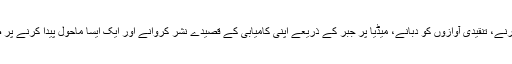
دیکھا جاسکتا ہے کہ حکومت کا سارا زور مخالف سیاسی قوتوں کو کنٹرول کرنے، تنقیدی آوازوں کو دبانے، میڈیا پر جبر کے ذریعے اپنی کامیابی کے قصیدے نشر کروانے اور ایک ایسا ماحول پیدا کرنے پر صرف ہوتا ہے جس میں یہ یقین ہوجائے کہ حکومت کو کوئی خطرہ نہیں ہے۔